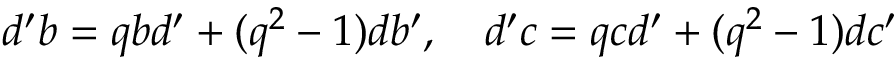
d ^ { \prime } b = q b d ^ { \prime } + ( q ^ { 2 } - 1 ) d b ^ { \prime } , \quad d ^ { \prime } c = q c d ^ { \prime } + ( q ^ { 2 } - 1 ) d c ^ { \prime }